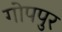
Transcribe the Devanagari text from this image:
गोपपुर